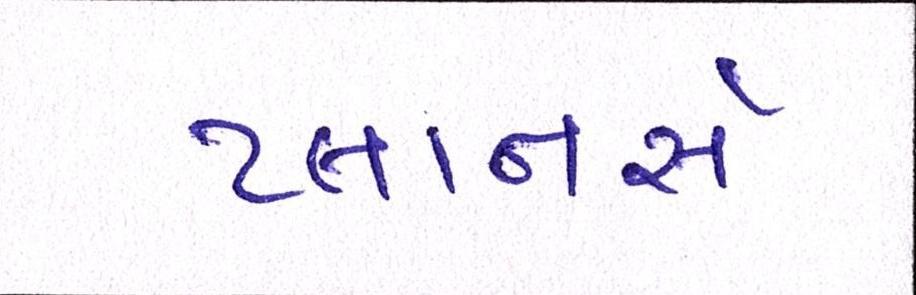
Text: પ્લાનર્સ